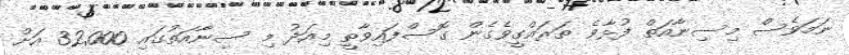
ނަމަވެސް މިސިނާއަތް ފުޅާވެ ތަރައްގީވެގެން ގޮސްފައިވާތީ މިއަދު މި ސިނާއަތުގައި 32